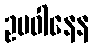
ဥပဝါနေန